Lunatic asylums Punjab 1868-1880 - 1868-1880
Year: 1868
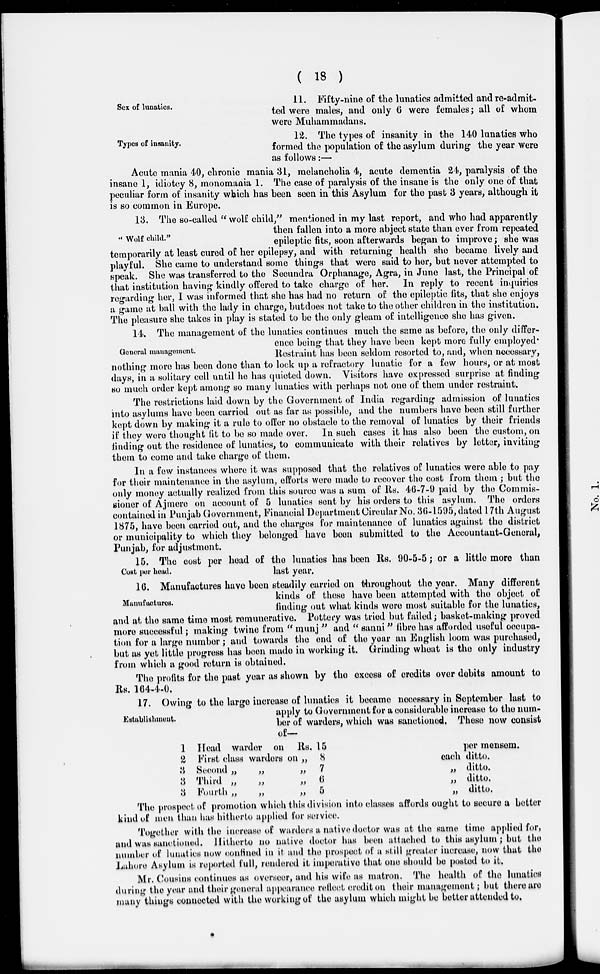
( 18 )
Sex of lunatics.
11. Fifty-nine of the lunatics admitted and re-admit-
ted were males, and only 6 were females; all of whom
were Muhammadans.
Types of insanity.
12. The types of insanity in the 140 lunatics who
formed the population of the asylum during the year were
as follows:—
Acute mania 40, chronic mania 31, melancholia 4, acute dementia 24, paralysis of the
insane 1, idiotcy 8, monomania 1. The case of paralysis of the insane is the only one of that
peculiar form of insanity which has been seen in this Asylum for the past 3 years, although it
is so common in Europe.
" Wolf child. "
13. The so-called " wolf child,'' mentioned in my last report, and who had apparently
then fallen into a more abject state than ever from repeated
epileptic fits, soon afterwards began to improve; she was
temporarily at least cured of her epilepsy, and with returning health she became lively and
playful. She came to understand some things that were said to her, but never attempted to
speak. She was transferred to the Secundra Orphanage, Agra, in June last, the Principal of
that institution having kindly offered to take charge of her. In reply to recent inquiries
regarding her, I was informed that she has had no return of the epileptic fits, that she enjoys
a game at ball with the lady in charge, but does not take to the other children in the institution.
The pleasure she takes in play is stated to be the only gleam of intelligence she has given.
General management.
14. The management of the lunatics continues much the same as before, the only differ-
ence being that they have been kept more fully employed.
Restraint has been seldom resorted to, and, when necessary,
nothing more has been done than to lock up a refractory lunatic for a few hours, or at most
days, in a solitary cell until he has quieted down. Visitors have expressed surprise at finding
so much order kept among so many lunatics with perhaps not one of them under restraint.
The restrictions laid down by the Government of India regarding admission of lunatics
into asylums have been carried out as far as possible, and the numbers have been still further
kept down by making it a rule to offer no obstacle to the removal of lunatics by their friends
if they were thought fit to be so made over. In such cases it has also been the custom, on
finding out the residence of lunatics, to communicate with their relatives by letter, inviting
them to come and take charge of them.
In a few instances where it was supposed that the relatives of lunatics were able to pay
for their maintenance in the asylum, efforts were made to recover the cost from them ; but the
only money actually realized from this source was a sum of Rs. 46-7-9 paid by the Commis-
sioner of Ajmere on account of 5 lunatics sent by his orders to this asylum. The orders
contained in Punjab Government, Financial Department Circular No. 36-1595, dated 17th August
1875, have been carried out, and the charges for maintenance of lunatics against the district
or municipality to which they belonged have been submitted to the Accountant-General,
Punjab, for adjustment.
Cost per head.
15. The cost per head of the lunatics has been Rs. 90-5-5 ; or a little more than
last year.
Manufactures.
16. Manufactures have been steadily carried on throughout the year. Many different
kinds of these have been attempted with the object of
finding out what kinds were most suitable for the lunatics,
and at the same time most remunerative. Pottery was tried but failed ; basket-making proved
more successful; making twine from " munj " and " sanni" fibre has afforded useful occupa-
tion for a large number ; and towards the end of the year an English loom was purchased,
but as yet little progress has been made in working it. Grinding wheat is the only industry
from which a good return is obtained.
The profits for the past year as shown by the excess of credits over debits amount to
Rs. 164-4-0.
Establishment.
17. Owing to the large increase of lunatics it became neccssary in September last to
apply to Government for a considerable increase to the num-
ber of warders, which was sanctioned. These now consist
of—
1
2
3
3
3
Head warder on Rs.
First class warders on „
Second „
„
„
Third „
„
„
Fourth „
„
„
15
8
7
6
5
per mensem.
each ditto.
„ ditto.
„ ditto.
„ ditto .
The prospect of promotion which this division into classes affords ought to secure a better
kind of men than has hitherto applied for service.
Together with the increase of warders a native doctor was at the same time applied for,
and was sanctioned. Hitherto no native doctor has been attached to this asylum ; but the
number of lunatics now confined in it and the prospect of a still greater increase, now that the
Lahore Asylum is reported full, rendered it imperative that one should be posted to it.
Mr. Cousins continues as overseer, and his wife as matron. The health of the lunatics
during the year and their general appearance reflect credit on their management; but there are
many things connected with the working of the asylum which might be better attended to.